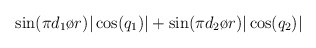
\begin{align*}\sin({{\pi d_1}\o {r}})|\cos(q_1)| + \sin({{\pi d_2}\o {r}}) |\cos(q_2)|\end{align*}